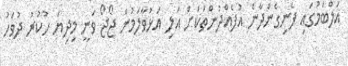
އަލްބަމުގައި ފެނިގެންދާނެ އުފެއްދުންތަކަށް އަލި އަޅުވާލަމުން ޖޯޖޯ ވަނީ މިދިޔަ ހުކުރު ދުވަހު